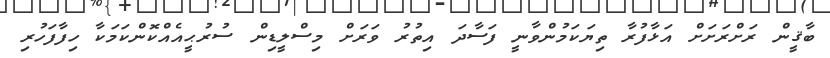
ބާޤީން ރަށްރަށަށް އަޅާފުރާ ތިޔަކަމުންވާނީ ފަސާދަ އިތުރު ވަރަށް މިސްލީޑިން ސުރުޙީއެއްކޮންކަމަކާ ހިފާފަހުރި